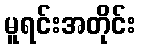
မူရင်းအတိုင်း